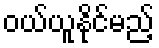
ဝယ်ယူနိုင်မည့်